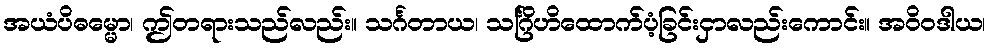
အယံပိဓမ္မော၊ ဤတရားသည်လည်း။ သင်္ဂတာယ၊ သင်္ဂြိဟိထောက်ပံ့ခြင်းငှာလည်းကောင်း။ အဝိဝဒါယ၊